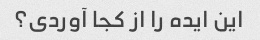
این ایده را از کجا آوردی؟